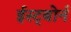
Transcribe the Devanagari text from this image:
ईस्ट्बोर्न